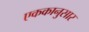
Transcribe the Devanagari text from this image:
एककानुसार